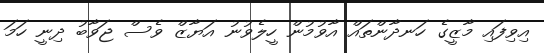
އިވިފައި މާޒީގެ ހަނދާންތައް އާވުމުން ހީލެވުނު އަޔާޒް ވެސް ޖަވާބު ދިނީ ހަމަ